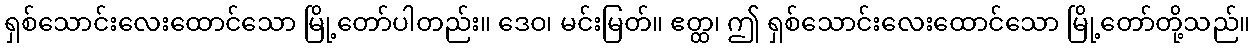
ရှစ်သောင်းလေးထောင်သော မြို့တော်ပါတည်း။ ဒေဝ၊ မင်းမြတ်။ ဧတ္ထ၊ ဤ ရှစ်သောင်းလေးထောင်သော မြို့တော်တို့သည်။